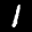
Label: 1